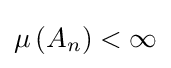
\mu \left(A_{n}\right)<\infty